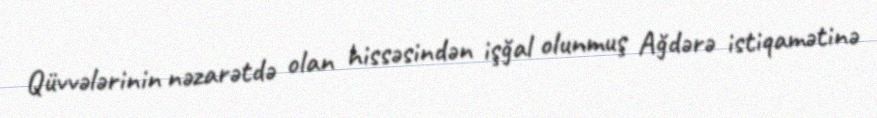
Qüvvələrinin nəzarətdə olan hissəsindən işğal olunmuş Ağdərə istiqamətinə